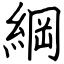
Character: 綱